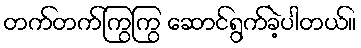
တက်တက်ကြွကြွ ဆောင်ရွက်ခဲ့ပါတယ်။